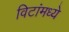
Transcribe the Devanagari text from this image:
विटांमध्ये